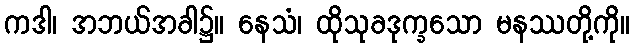
ကဒါ၊ အဘယ်အခါ၌။ နေသံ၊ ထိုသုခဒုက္ခသော မနဿတို့ကို။